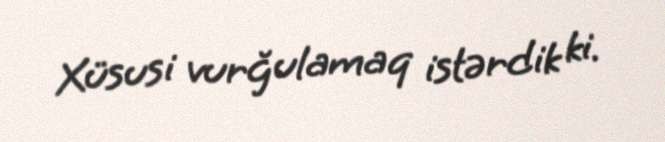
Xüsusi vurğulamaq istərdik ki.